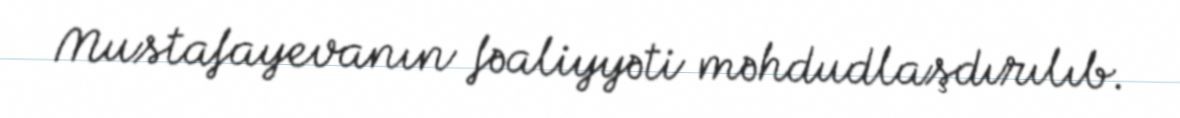
Mustafayevanın fəaliyyəti məhdudlaşdırılıb.